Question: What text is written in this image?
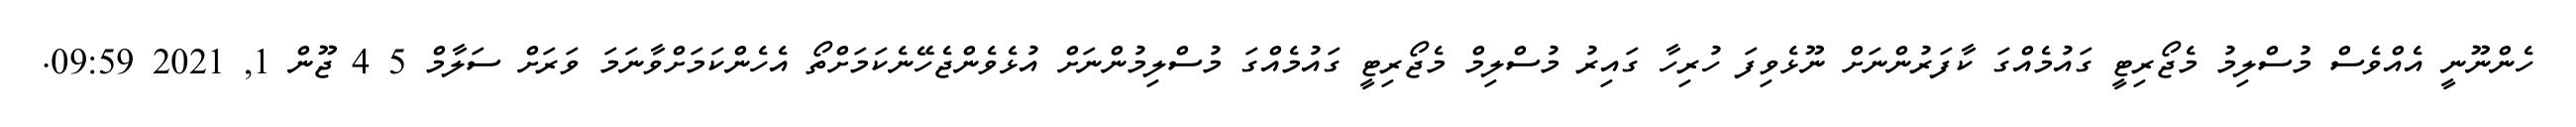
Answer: ހެންނޫނީ އެއްވެސް މުސްލިމު މެޖޯރިޓީ ގައުމެއްގަ ކާފަރުންނަށް ނޫޅެވިފަ ހުރިހާ ގައިރު މުސްލިމް މެޖޯރިޓީ ގައުމެއްގަ މުސްލިމުންނަށް އުޅެވެންޖެހޭނެކަމަށްތޯ އެހެންކަމަށްވާނަމަ ވަރަށް ސަލާމް 5 4 ޖޫން 1, 2021 09:59.